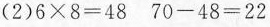
(2)$$6 \times 8 = 4 8 $$ $$7 0 - 4 8 = 2 2$$